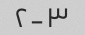
۲-۳